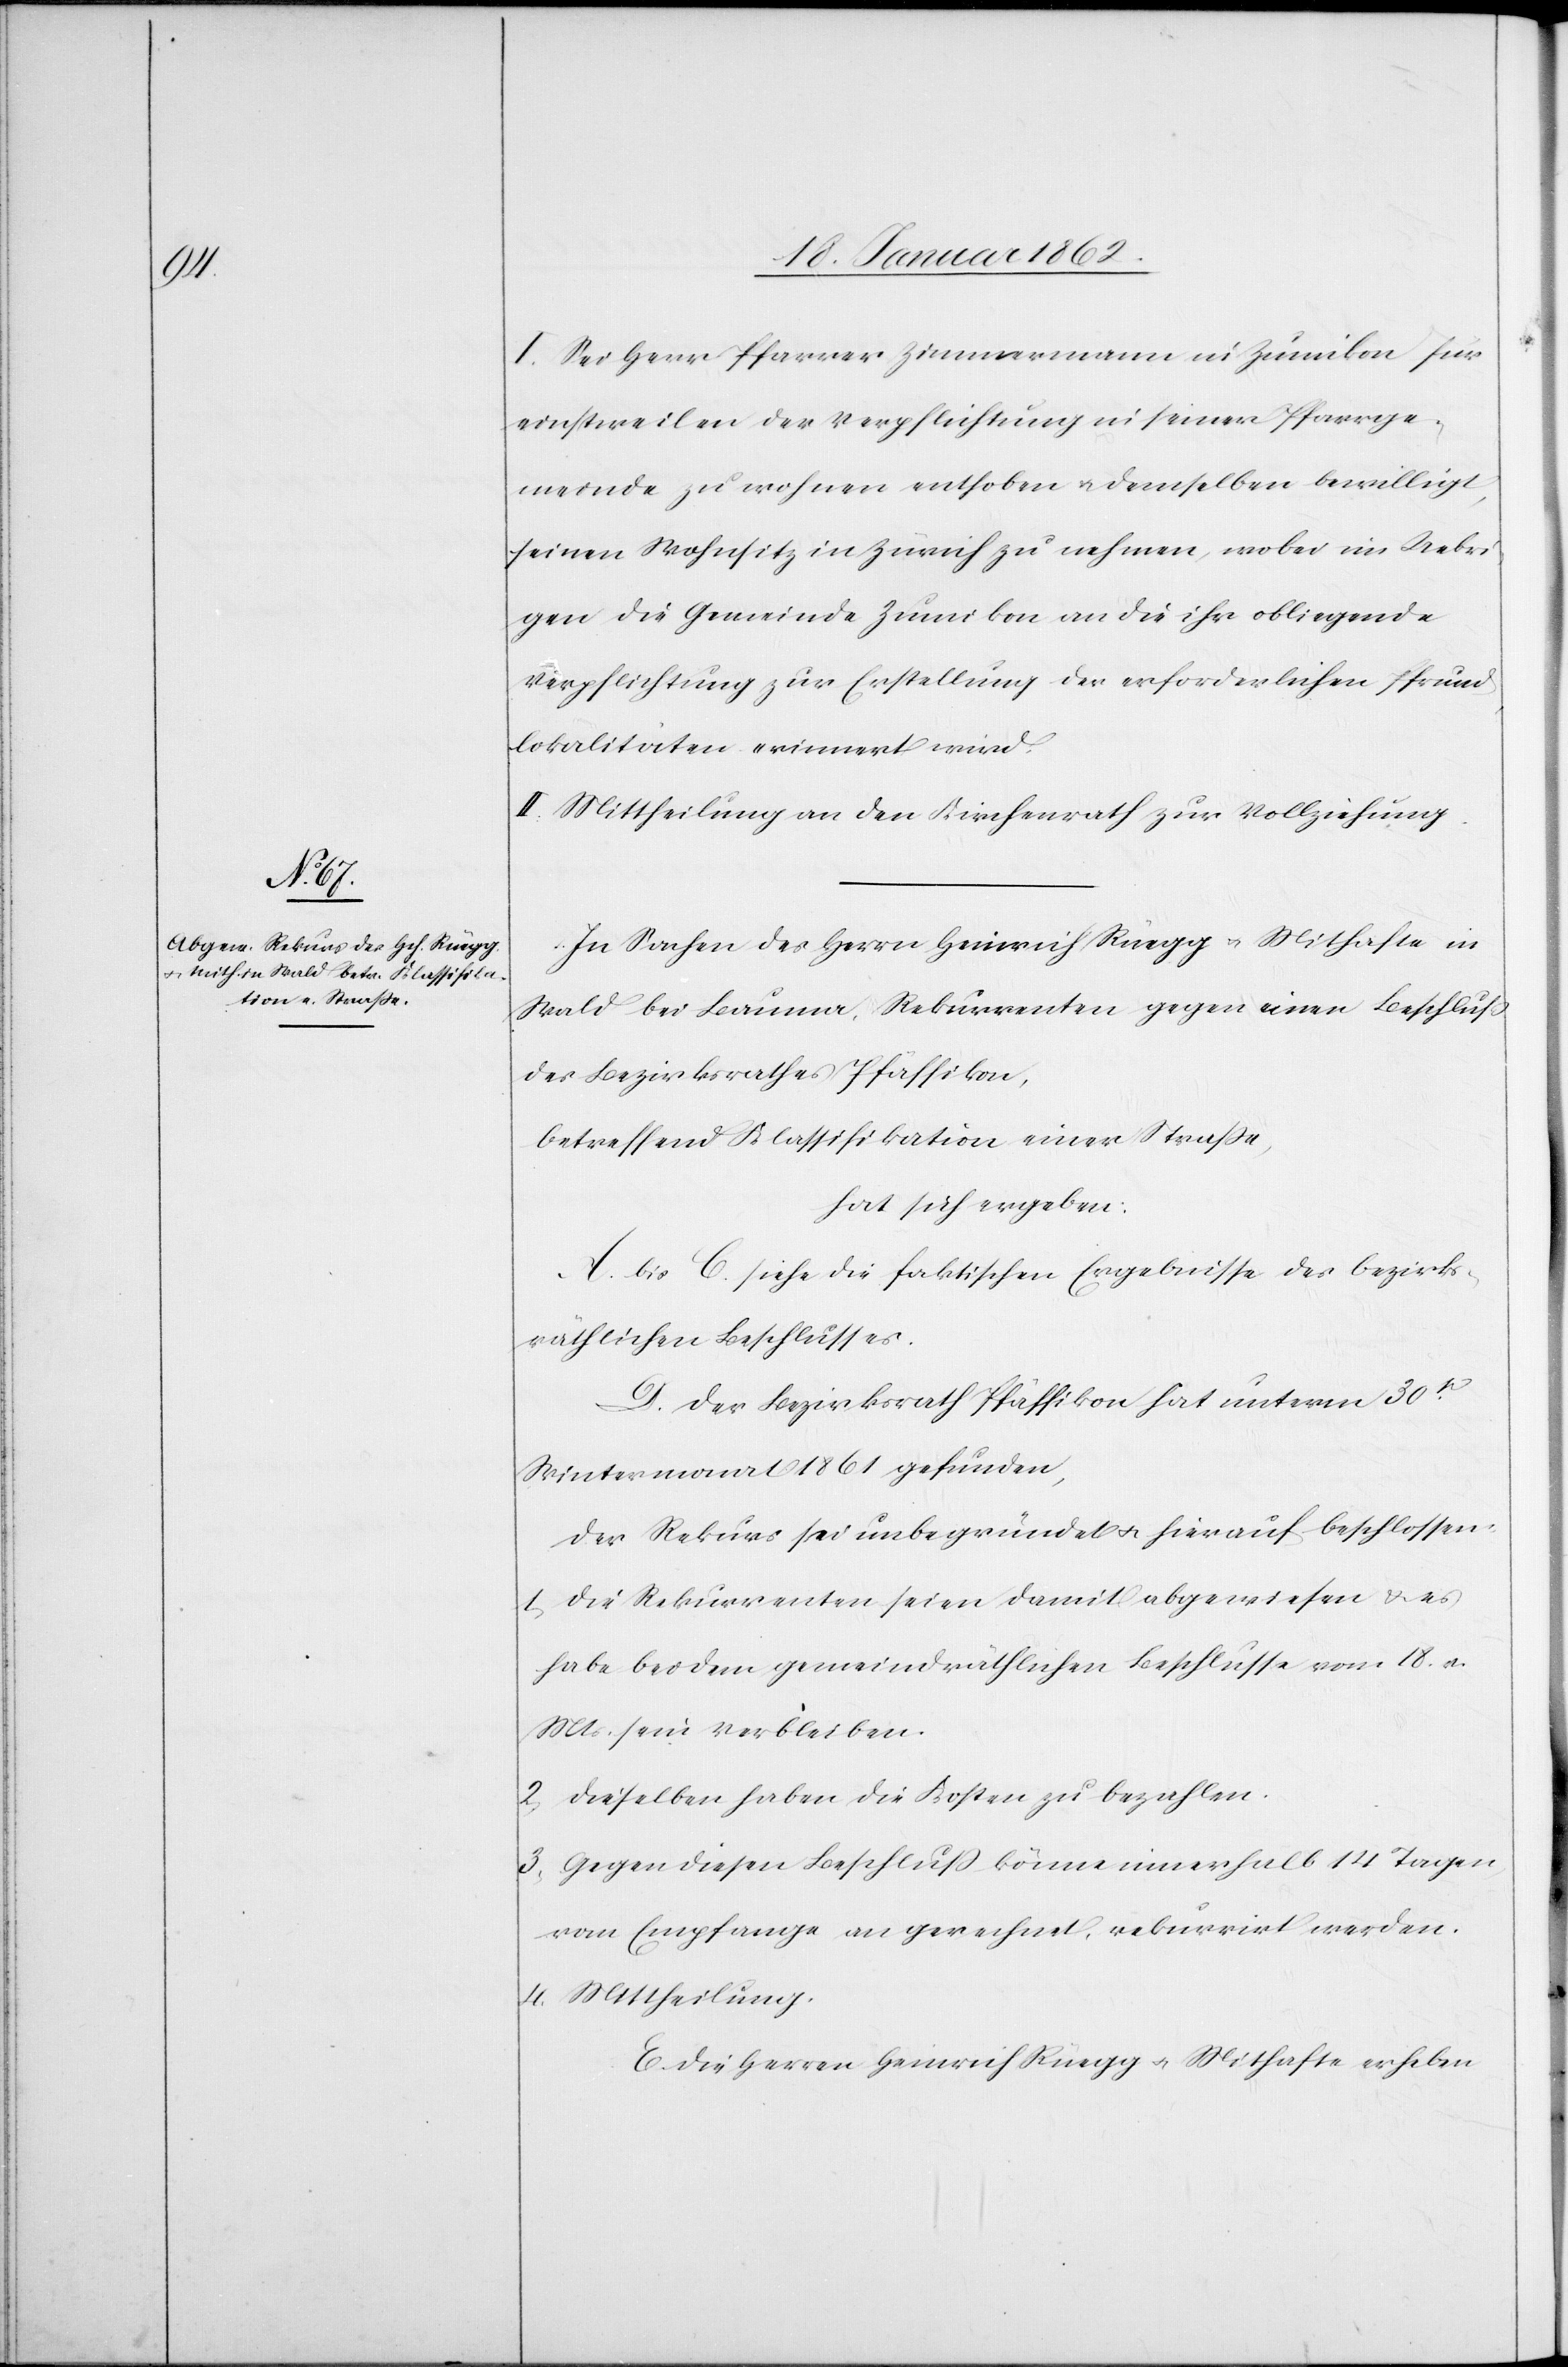
I. Sei Herr Pfarrer Zimmermann in Zumikon für
einstweilen der Verpflichtung in seiner Pfarrge¬
meinde zu wohnen enthoben u. demselben bewilligt,
seinen Wohnsitz in Zürich zu nehmen, wobei im Uebri¬
gen die Gemeinde Zumikon an die ihr obliegende
Verpflichtung zur Erstellung der erforderlichen Pfrund¬
lokalitäten erinnert wird.
II. Mittheilung an den Kirchenrath zur Vollziehung.
In Sachen des Herrn Heinrich Rüegg u. Mithafte in
Wald bei Bauma, Rekurrenten gegen einen Beschluß
des Bezirksrathes Pfäffikon,
betreffend Klassifikation einer Straße,
hat sich ergeben:
A. bis C. siehe die faktischen Ergebnisse des bezirks¬
räthlichen Beschlusses.
D. Der Bezirksrath Pfäffikon hat unterm 30t.
Wintermonat 1861 gefunden,
der Rekurs sei unbegründet u. hierauf beschlossen:
1) Die Rekurrenten seien damit abgewiesen u. es
habe bei dem gemeindräthlichen Beschlusse vom 18. v.
Mts. sein Verbleiben.
2) Dieselben haben die Kosten zu bezahlen.
3) Gegen diesen Beschluß könne innerhalb 14 Tagen
vom Empfange an gerechnet, rekurrirt werden.
4) Mittheilung.
E. Die Herren Heinrich Rüegg u. Mithafte erheben